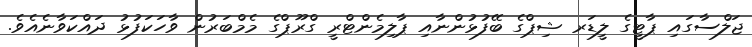
ޖަލްސާގައި ޕާޓީގެ ލީޑަރ ޝިޕްގެ ބޭފުޅުންނާއި ޕާލިމެންޓްރީ ގްރޫޕްގެ މެމްބަރުން ވާހަކަފުޅު ދައްކަވާނެއެވެ.